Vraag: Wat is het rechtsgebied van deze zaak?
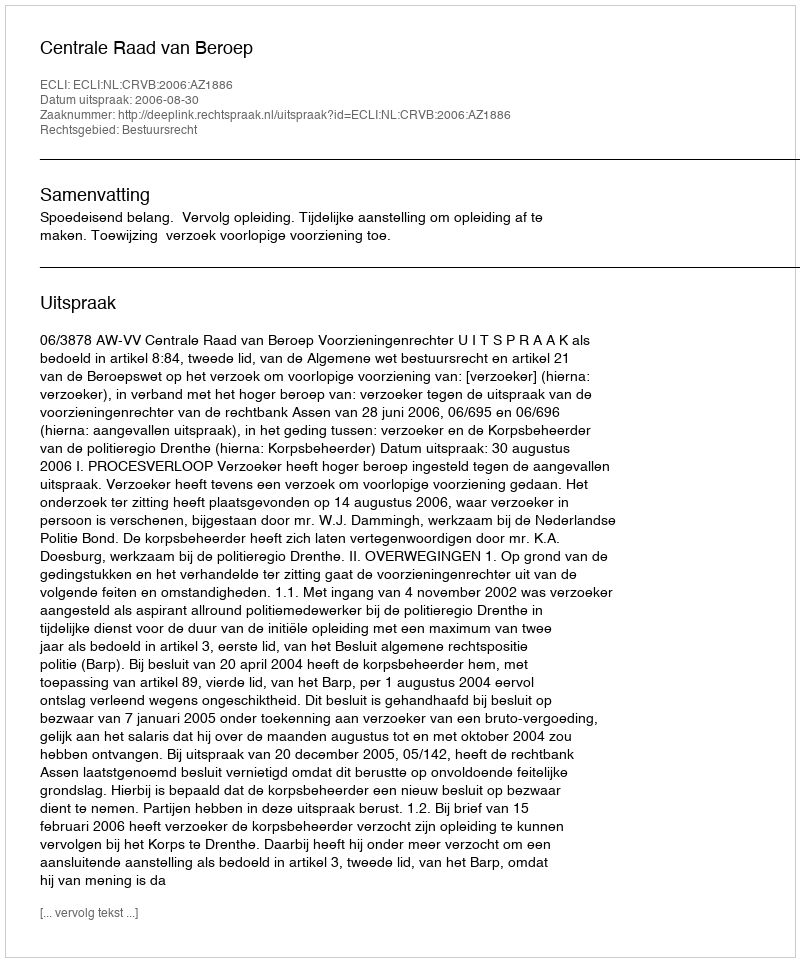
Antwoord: Bestuursrecht